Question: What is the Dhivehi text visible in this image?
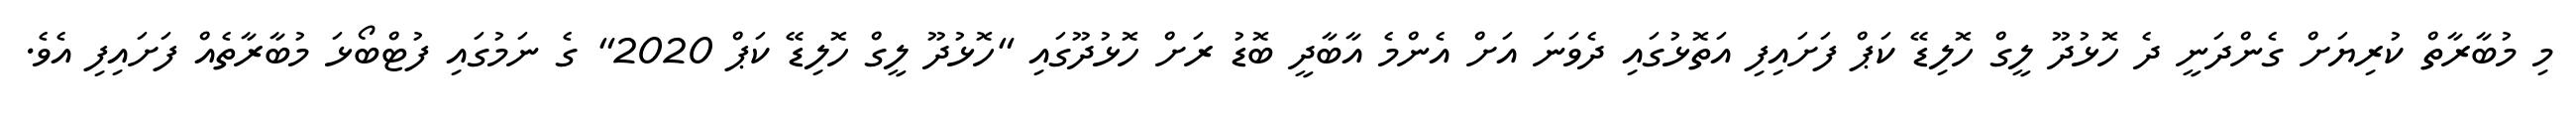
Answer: މި މުބާރާތް ކުރިޔަށް ގެންދަނީ ދެ ހޮޅުދޫ ލީގް ހޮލިޑޭ ކަޕް ފަށައިފި އަތޮޅުގައި ދެވަނަ އަށް އެންމެ އާބާދީ ބޮޑު ރަށް ހޮޅުދޫގައި "ހޮޅުދޫ ލީގް ހޮލިޑޭ ކަޕް 2020" ގެ ނަމުގައި ފުޓްބޯޅަ މުބާރާތެއް ފަށައިފި އެވެ.